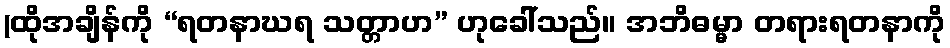
(ထိုအချိန်ကို “ရတနာဃရ သတ္တာဟ” ဟုခေါ်သည်။ အဘိဓမ္မာ တရားရတနာကို